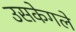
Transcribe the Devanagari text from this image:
उसकेगले